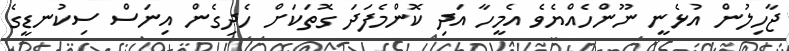
ޖާހިލުން އުޅެނީ ނޫންހެއްޔެވެ އެމީހާ އަދި ކޮންމެފަދަ ގޮތަކަށް ހެދިގެން އިނަސް ސިކުނޑީގެ